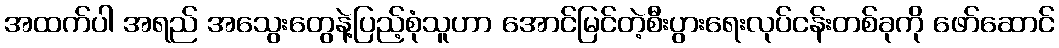
အထက်ပါ အရည် အသွေးတွေနဲ့ပြည့်စုံသူဟာ အောင်မြင်တဲ့စီးပွားရေးလုပ်ငန်းတစ်ခုကို ဖော်ဆောင်